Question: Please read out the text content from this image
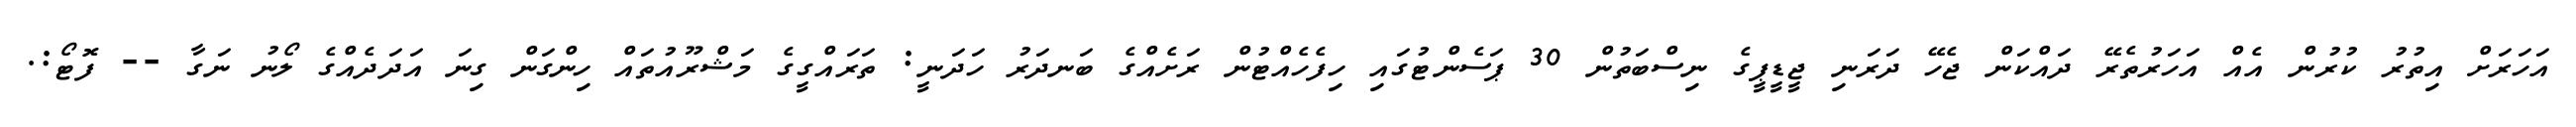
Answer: އަހަރަށް އިތުރު ކުރުން އެއް އަހަރުތެރޭ ދައްކަން ޖެހޭ ދަރަނި ޖީޑީޕީގެ ނިސްބަތުން 30 ޕަސެންޓުގައި ހިފެހެއްޓުން ރަށެއްގެ ބަނދަރު ހަދަނީ: ތަރައްގީގެ މަޝްރޫއުތައް ހިންގަން ގިނަ އަދަދެއްގެ ލޯނު ނަގާ -- ފޮޓޯ:.